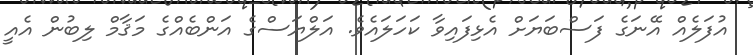
އުފަލެއް އޭނަގެ ފަސްބަޔަށް އެޅިފައިވާ ކަހަލައެވެ. އަލްޔަސްގެ އަންބެއްގެ މަޤާމް ލިބުން އެއީ